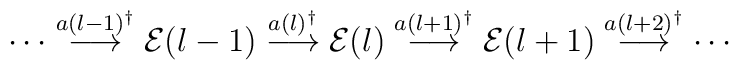
\cdots \stackrel{a(l-1)^\dagger}{\longrightarrow} {\cal E}(l-1)	   \stackrel{a(l)^\dagger}{\longrightarrow} {\cal E}(l)	   \stackrel{a(l+1)^\dagger}{\longrightarrow} {\cal E}(l+1)	   \stackrel{a(l+2)^\dagger}{\longrightarrow} \cdots